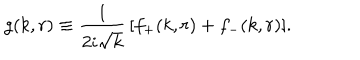
LaTeX: g ( k , r ) \equiv { \frac { 1 } { 2 i \sqrt { k } } } \, [ f _ { + } ( k , r ) + f _ { - } ( k , r ) ] .